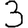
Digit: 3